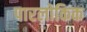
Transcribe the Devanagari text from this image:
पारलोकिक